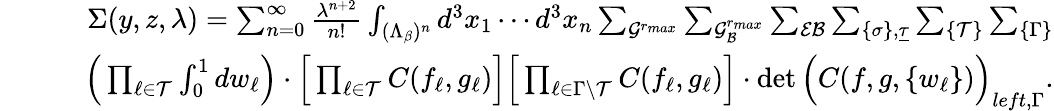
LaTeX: \begin{array}{rlr}&{}&{\Sigma(y,z,\lambda)=\sum_{n=0}^{\infty}\frac{\lambda^{n+2}}{n!}\int_{({\Lambda_{\beta}})^{n}}d^{3}x_{1}\cdots d^{3}x_{n}\sum_{{\cal G}^{r_{max}}}\sum_{{\cal G}_{\cal B}^{r_{max}}}\sum_{{\cal EB}}\sum_{\{ \sigma\} ,\underline{\tau}}\sum_{\{ {\cal T}\} }\sum_{\{ \Gamma\} }}\\ &{}&{\quad\Big(\prod_{\ell\in{\cal T}}\int_{0}^{1}dw_{\ell}\Big)\cdot\Big[\prod_{\ell\in{\cal T}}C(f_{\ell},g_{\ell})\Big]\Big[\prod_{\ell\in\Gamma\setminus{\cal T}}C(f_{\ell},g_{\ell})\Big]\cdot\operatorname*{det}\Big(C(f,g,\{ w_{\ell}\} )\Big)_{left,\Gamma}.}\end{array}